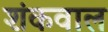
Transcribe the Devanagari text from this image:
शंकवाल